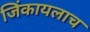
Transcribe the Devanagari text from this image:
जिंकायलाच